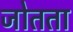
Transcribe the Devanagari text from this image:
जोतता